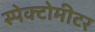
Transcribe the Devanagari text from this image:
स्पेक्टोमीटर